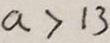
a > 1 3